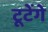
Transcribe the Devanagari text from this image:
टूटेंगे